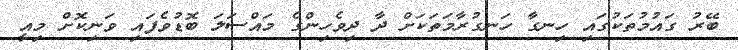
ބޭރު ގައުމުތަކުގައި ހިނގާ ހަނގުރާމަތަކަށް ދާ ދިވެހިންގެ މައްސަލަ ބޮޑުވެފައި ވަނިކޮށް މިއީ